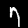
Label: 7